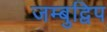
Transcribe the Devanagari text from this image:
जम्‍बुद्विप